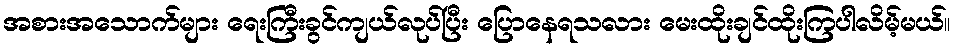
အစားအသောက်များ ရေးကြီးခွင်ကျယ်လုပ်ပြီး ပြောနေရသလား မေးထိုးချင်ထိုးကြပါလိမ့်မယ်။